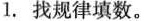
1.找规律填数。